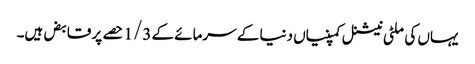
یہاں کی ملٹی نیشنل کمپنیاں دنیا کے سرمائے کے 1/3 حصے پر قابض ہیں۔